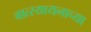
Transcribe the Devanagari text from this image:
वात्स्यायनाच्या